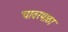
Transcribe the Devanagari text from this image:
चावरपाठा